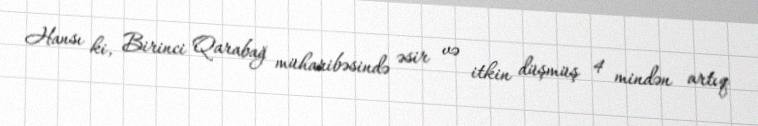
Hansı ki, Birinci Qarabağ müharibəsində əsir və itkin düşmüş 4 mindən artıq